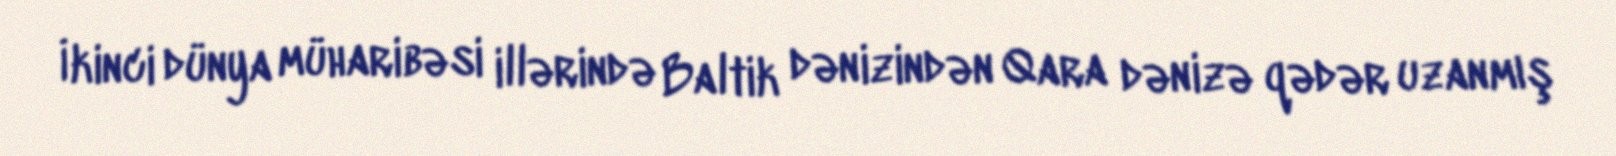
İkinci dünya müharibəsi illərində Baltik dənizindən Qara dənizə qədər uzanmış